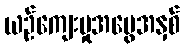
ယဉ်ကျေးမှုအမွေအနှစ်